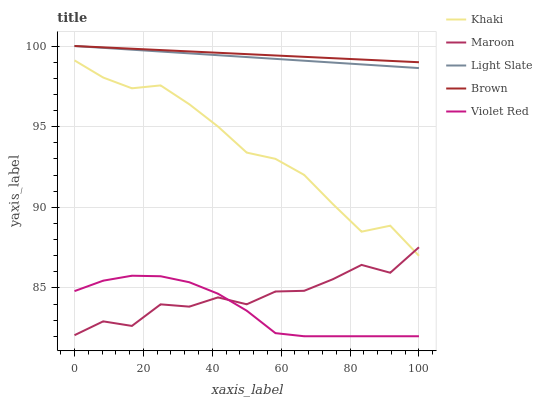
| xaxis_label | Khaki | Maroon | Light Slate | Brown | Violet Red |
 | --- | --- | --- | --- | --- | --- |
 | 0 | 99.1 | 82.1 | 100 | 100 | 84.8 |
 | 8.33 | 98 | 82.9 | 99.9 | 99.9 | 85.4 |
 | 16.7 | 97.4 | 82.6 | 99.8 | 99.8 | 85.8 |
 | 25 | 97.6 | 84 | 99.7 | 99.7 | 85.7 |
 | 33.3 | 96.4 | 83.8 | 99.5 | 99.7 | 85.3 |
 | 41.7 | 95 | 84.4 | 99.4 | 99.6 | 84.6 |
 | 50 | 93.4 | 84 | 99.3 | 99.5 | 83.6 |
 | 58.3 | 93 | 84.8 | 99.2 | 99.4 | 82.2 |
 | 66.7 | 92 | 84.8 | 99.1 | 99.3 | 82 |
 | 75 | 90.2 | 85.5 | 99 | 99.2 | 82 |
 | 83.3 | 88.5 | 86.4 | 98.9 | 99.2 | 82 |
 | 91.7 | 88.9 | 85.9 | 98.7 | 99.1 | 82 |
 | 100 | 87 | 87.5 | 98.6 | 99 | 82 |